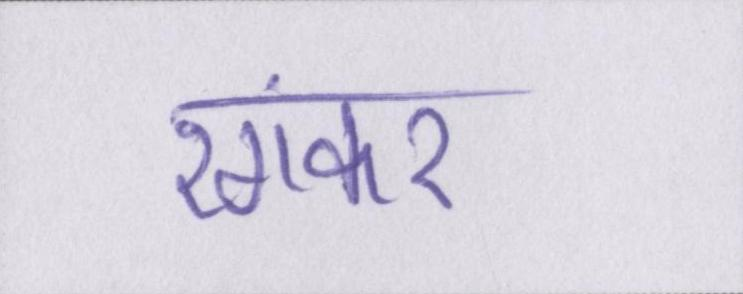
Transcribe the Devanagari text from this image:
रंगकर